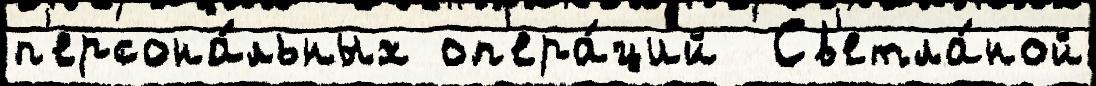
п'ерсона́льных оп'ера́ций  Св'етла́ной